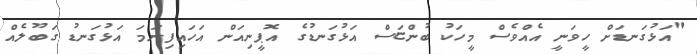
"އަޅުގަނޑަށް ހީވަނީ އެއްވެސް މީހަކު ބުންޏަސް އަޅުގަނޑުގެ އޮޕީނިއަން އަހައިފިނަމަ އަޅުގަނޑު ގަބޫލެއް